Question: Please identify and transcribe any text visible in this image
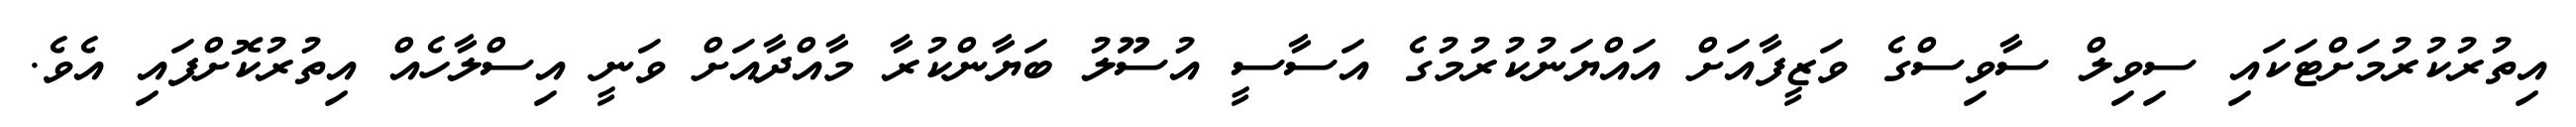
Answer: އިތުރުކުރުމަށްޓަކައި ސިވިލް ސާވިސްގެ ވަޒީފާއަށް އައްޔަނުކުރުމުގެ އަސާސީ އުސޫލު ބަޔާންކުރާ މާއްދާއަށް ވަނީ އިސްލާހެއް އިތުރުކޮށްފައި އެވެ.